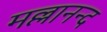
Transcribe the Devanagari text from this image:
मल्लानन्द